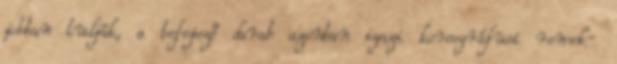
jobban tudják, a befejező darab azonban igazi koreográfusi remek-